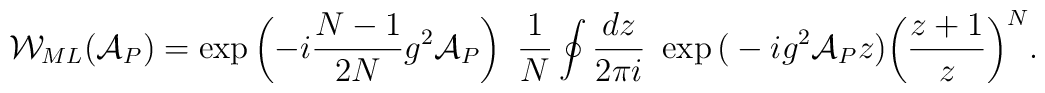
{\cal W}_{ML}({\cal A}_P)=\exp \left(- i \frac{N-1}{2N} g^2 {\cal A }_P \right)~\frac{1}{N}\oint\frac{dz}{2 \pi i}~\exp \big( - i g^2 {\cal A }_P z \big)\bigg( \frac{z+1}{z} \bigg)^N.